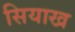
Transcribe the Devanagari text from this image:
सियाख